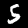
Label: 5